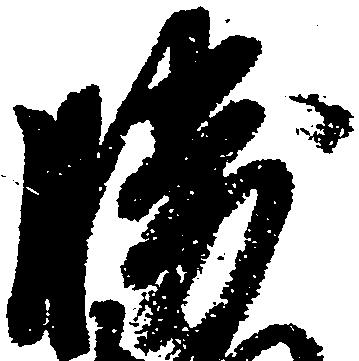
勝